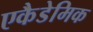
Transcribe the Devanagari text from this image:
एकैडेमिक